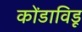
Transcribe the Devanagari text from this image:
कोंडाविडू